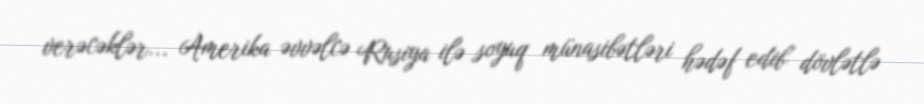
verəcəklər... Amerika əvvəlcə Rusiya ilə soyuq münasibətləri hədəf edib dövlətlə